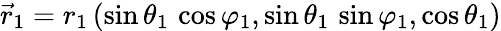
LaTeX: \vec{r}_{1}=r_{1}\, (\sin\theta_{1}\, \cos\varphi_{1},\sin\theta_{1}\, \sin\varphi_{1},\cos\theta_{1})